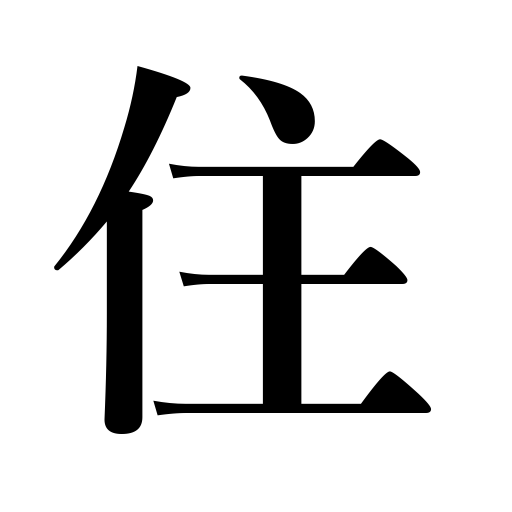
Meanings: live,dwelling,inhabit,living,reside